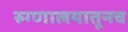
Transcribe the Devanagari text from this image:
रुग्णालयातूनच